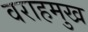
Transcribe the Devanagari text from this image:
वराहमुख